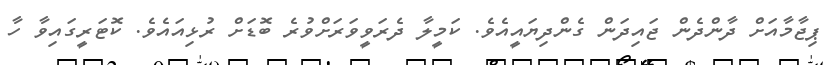
ޕިޖާމާއަށް ދާންދެން ޖައިދަން ގެންދިޔައީއެވެ. ކަމީލާ ދެރަވީވަރަށްވުރެ ބޮޑަށް ރުޅިއައެވެ. ކޮޓަރީގައިވާ ހާ